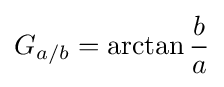
G_{a/b}=\arctan {\frac {b}{a}}